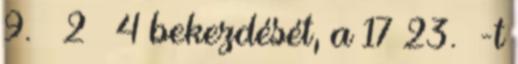
9. § 2 – 4 bekezdését, a 17–23. §-t